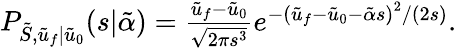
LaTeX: \begin{array}{r}{P_{\tilde{S},\tilde{u}_{f}|\tilde{u}_{0}}(s|\tilde{\alpha})=\frac{\tilde{u}_{f}-\tilde{u}_{0}}{\sqrt{2\pi s^{3}}}e^{-\left(\tilde{u}_{f}-\tilde{u}_{0}-\tilde{\alpha}s\right)^{2}/\left(2s\right)}.}\end{array}